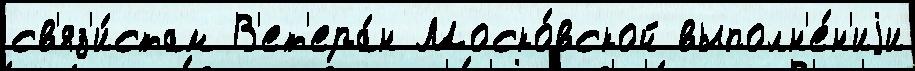
св'яз'и́стам В'ет'ера́н Моско́вской выполн'е́н'иjи